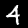
Label: 4